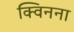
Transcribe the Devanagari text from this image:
क्विनना